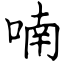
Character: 喃